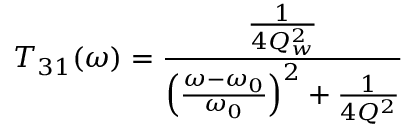
T _ { 3 1 } ( \omega ) = \frac { \frac { 1 } { 4 Q _ { w } ^ { 2 } } } { \left( \frac { \omega - \omega _ { 0 } } { \omega _ { 0 } } \right) ^ { 2 } + \frac { 1 } { 4 Q ^ { 2 } } }